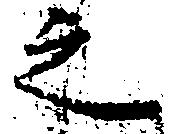
之